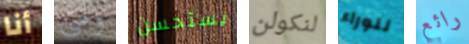
أنا ومتى يستحسن لنكولن للوراء رائع